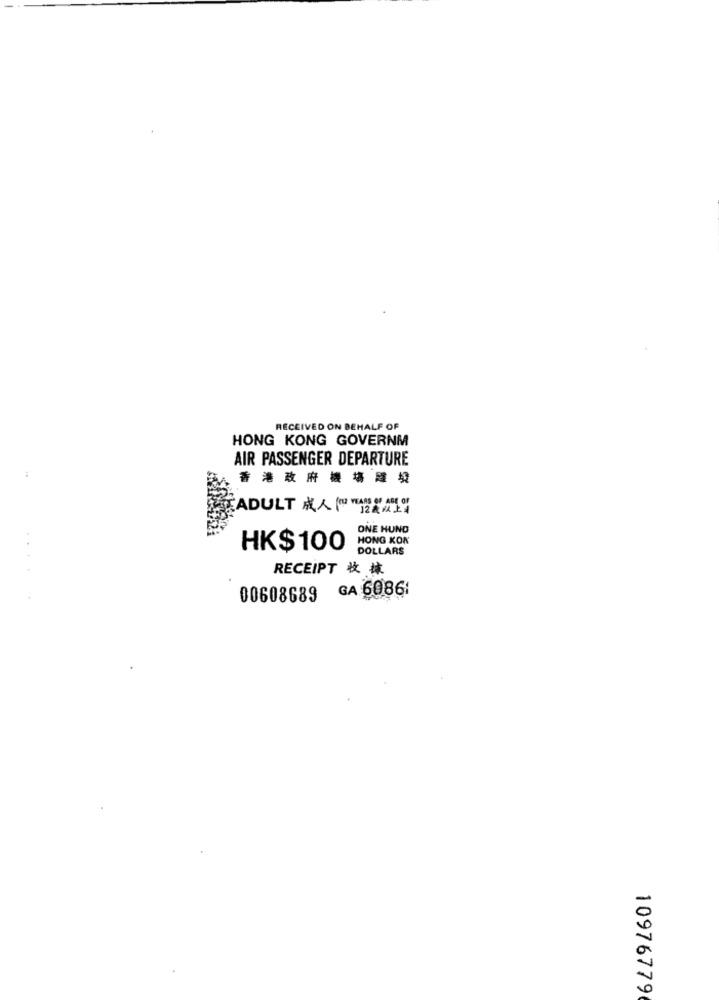
RECEIVED ON BEHALF OF
HONG KONG GOVERNM
AIR PASSENGER DEPARTURE
香 港 政 府 機 場 雞發
ADULT 成人 (THE YEARS OF AGE OF
ONE HUND
HONG KON
HK$100
DOLLARS
RECEIPT 收 據
GA 6086:
00608689
10976779